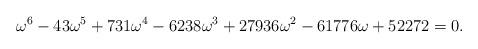
LaTeX: \begin{align*}\omega^6-43\omega^5+731\omega^4-6238\omega^3+27936\omega^2-61776\omega+52272 =0.\end{align*}